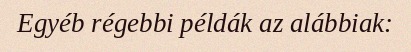
Egyéb régebbi példák az alábbiak: